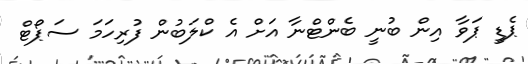
ޕެޑީ ޕަވާ އިން ބުނީ ބެންޓްނާ އަށް އެ ކްލަބުން ފުރިހަމަ ސަޕޯޓް